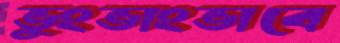
ভুংভাংভাবে